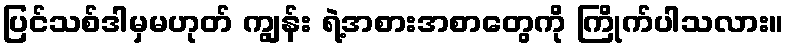
ပြင်သစ်ဒါမှမဟုတ် ကျွန်း ရဲ့အစားအစာတွေကို ကြိုက်ပါသလား။